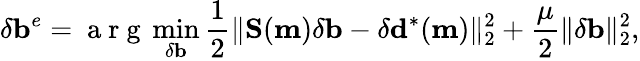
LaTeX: \delta\mathbf{b}^{e}=\mathrm{~a~r~g~}\operatorname*{min}_{\delta\mathbf{b}}\frac{1}{2}\| \mathbf{S}(\mathbf{m})\delta\mathbf{b}-\delta\mathbf{d}^{*}(\mathbf{m})\| _{2}^{2}+\frac{\mu}{2}\| \delta\mathbf{b}\| _{2}^{2},